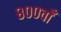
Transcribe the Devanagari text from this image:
८००वाँ